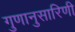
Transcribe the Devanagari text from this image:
गुणानुसारिणी